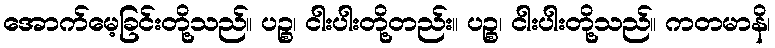
အောက်မေ့ခြင်းတို့သည်။ ပဉ္စ၊ ငါးပါးတို့တည်း။ ပဉ္စ၊ ငါးပါးတို့သည်။ ကတမာနိ၊